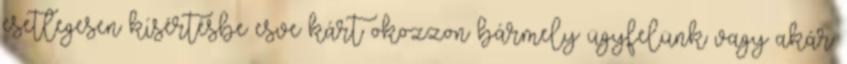
esetlegesen kísértésbe esve kárt okozzon bármely ügyfelünk vagy akár